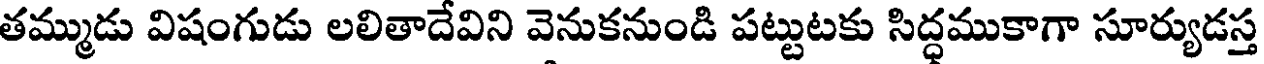
తమ్ముడు విషంగుడు లలితాదేవిని వెనుకనుండి పట్టుటకు సిద్ధముకాగా సూర్యుడస్త